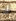
أذ